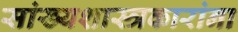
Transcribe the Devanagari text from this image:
सांख्यशास्त्रकारांना